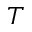
T